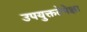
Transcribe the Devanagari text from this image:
उपयुक्ततेपेक्षा